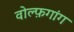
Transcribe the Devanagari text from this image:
वोल्फ़गांग